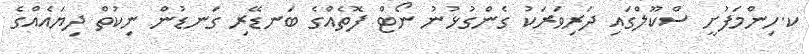
ކ.ހިންމަފުށީ ސްކޫލްގައި ދަރިވަރަކު ގެންގުޅުނު ނޯޓް ފޮތެއްގެ ބަނޑޭރި ގަނޑުން ނިކުތް ދިޔައެއްގެ